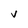
Character: V